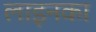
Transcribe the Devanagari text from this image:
लाइनका